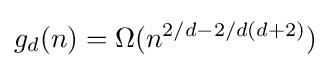
g_{d}(n)=\Omega (n^{2/d-2/d(d+2)})